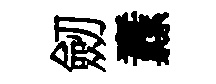
劒纛